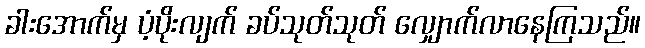
ခါးအောက်မှ ပံ့ပိုးလျက် ခပ်သုတ်သုတ် လျှောက်လာနေကြသည်။